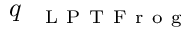
q _ { \mathrm { ~ \textsc ~ { ~ L ~ P ~ T ~ F ~ r ~ o ~ g ~ } ~ } }